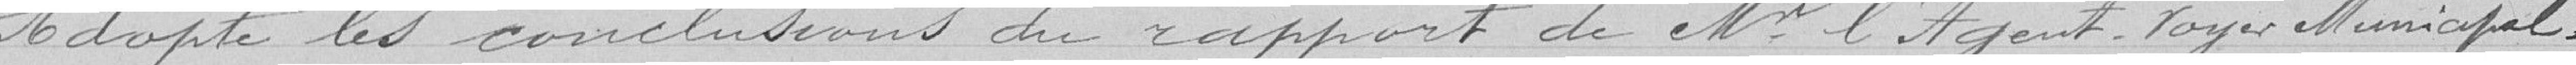
Adopte les conclusions du rapport de Monsieur l'agent voyer Municipal,